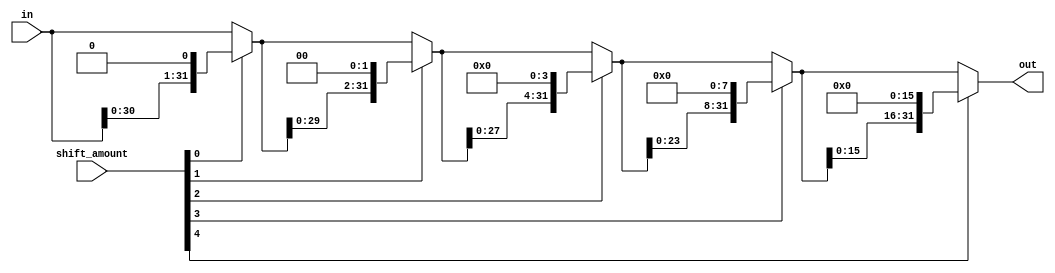
`timescale 1ns / 1ps

//A Parameterised Barrel Shifter 
module shifter(
                out, 
                in, 
                shift_amount
                );
parameter BIT_WIDTH = 32;
`define LOG2_WIDTH $clog2(BIT_WIDTH)

output wire [BIT_WIDTH-1:0] out;
input wire [BIT_WIDTH-1:0] in;
input wire [`LOG2_WIDTH-1:0] shift_amount;

//The temp wires are the carry the signals between each shifting stage, with the input and output tied to the first and last wire sets repsectivley
wire [BIT_WIDTH-1:0] temp[`LOG2_WIDTH:0];
assign temp[0] = in;
assign out = temp[`LOG2_WIDTH];

generate
   genvar i;
    for(i = 0; i <`LOG2_WIDTH; i = i+1)begin:shifter_generator
        //if the corresponding s bit from figure 9. is high perform the shift for this level
        assign temp[i+1] = shift_amount[i] ? {temp[i][BIT_WIDTH-1-(1<<i):0],{(1<<i){1'b0}}} : temp[i];
    end
endgenerate


endmodule